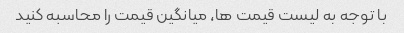
با توجه به لیست قیمت ها، میانگین قیمت را محاسبه کنید